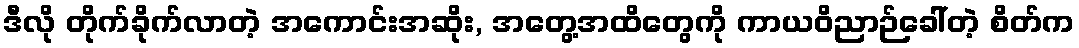
ဒီလို တိုက်ခိုက်လာတဲ့ အကောင်းအဆိုး, အတွေ့အထိတွေကို ကာယဝိညာဉ်ခေါ်တဲ့ စိတ်က